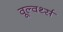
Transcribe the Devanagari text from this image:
वूल्वर्थ्स